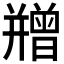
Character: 𭙇